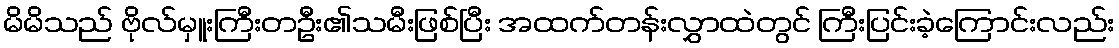
မိမိသည် ဗိုလ်မှူးကြီးတဦး၏သမီးဖြစ်ပြီး အထက်တန်းလွှာထဲတွင် ကြီးပြင်းခဲ့ကြောင်းလည်း